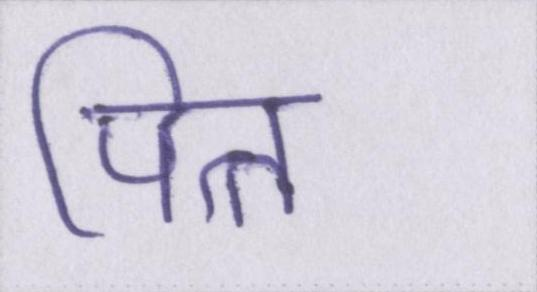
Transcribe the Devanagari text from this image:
पित्त